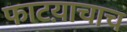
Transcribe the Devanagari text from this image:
फाटय़ाचाच